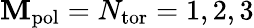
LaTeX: \mathbf{M}_{\mathrm{{pol}}}=N_{\mathrm{{tor}}}=1,2,3